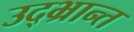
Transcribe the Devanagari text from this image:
उद्‌भ्रान्त